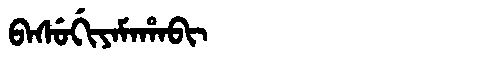
Manchu: ᠪᠠᠰᡠᡤᡳᠶᠠᠮᠠᡥᠠᠪᡳ
Romanization: BASUGIYAMAHABI